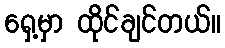
ရှေ့မှာ ထိုင်ချင်တယ်။